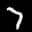
Label: 7